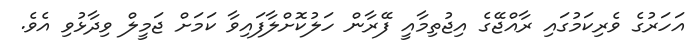
އަހަރުގެ ވެރިކަމުގައި ރާއްޖޭގެ އިޖުތިމާއީ ފޭރާން ހަލުކޮށްލާފައިވާ ކަމަށް ޖަމީލް ވިދާޅުވި އެވެ.